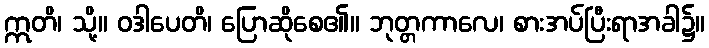
ဣတိ၊ သို့။ ဝဒါပေတိ၊ ပြောဆိုစေ၏။ ဘုတ္တကာလေ၊ စားအပ်ပြီးရာအခါ၌။